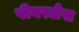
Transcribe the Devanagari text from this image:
पीयरलेस